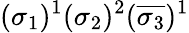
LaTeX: (\sigma_{1})^{1}(\sigma_{2})^{2}(\overline{{\sigma_{3}}})^{1}